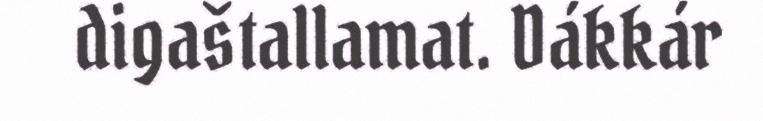
digaštallamat. Dákkár